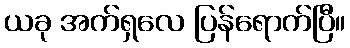
ယခု အက်ရှလေ ပြန်ရောက်ပြီ။